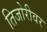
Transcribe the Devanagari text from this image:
तिजोरीवर